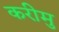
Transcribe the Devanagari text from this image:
करीमु